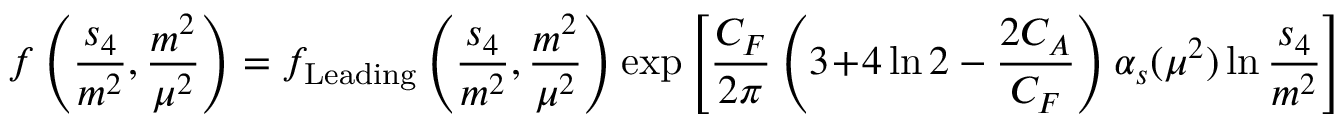
f \left( \frac { s _ { 4 } } { m ^ { 2 } } , \frac { m ^ { 2 } } { \mu ^ { 2 } } \right) = f _ { \mathrm { L e a d i n g } } \left( \frac { s _ { 4 } } { m ^ { 2 } } , \frac { m ^ { 2 } } { \mu ^ { 2 } } \right) \exp \left[ \frac { C _ { F } } { 2 \pi } \left( 3 \! + \! 4 \ln 2 - \frac { 2 C _ { A } } { C _ { F } } \right) \alpha _ { s } ( \mu ^ { 2 } ) \ln \frac { s _ { 4 } } { m ^ { 2 } } \right]